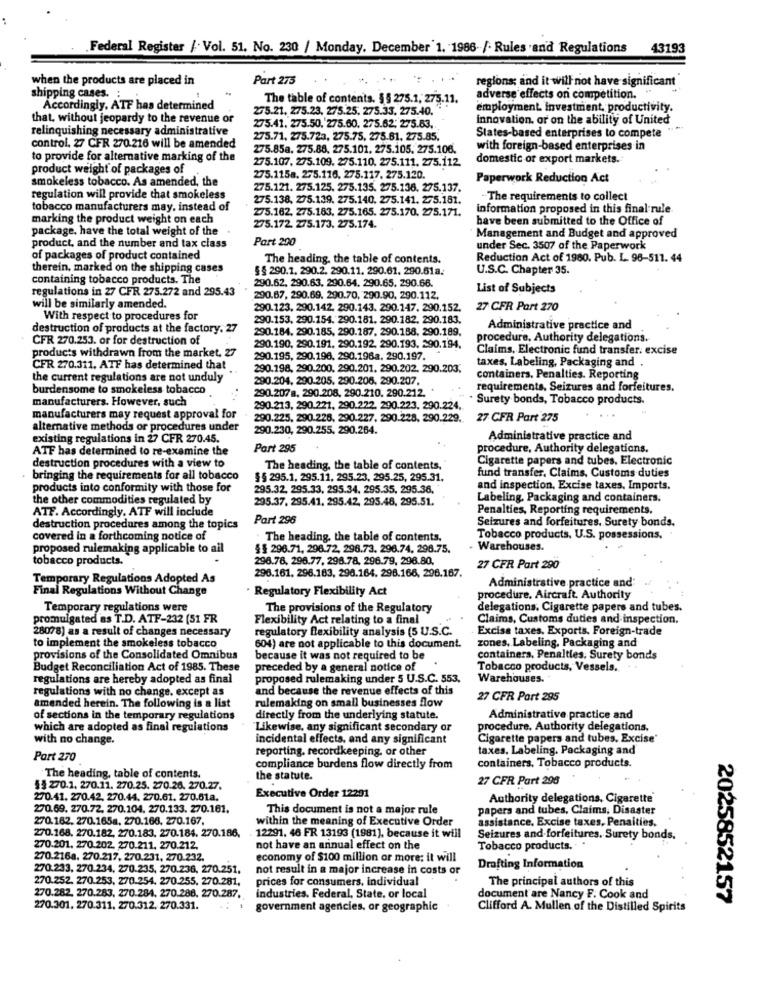
.Federal Register /· Vol. 51. No. 230 / Monday. December 1. 1986- /- Rules and Regulations
43193
when the products are placed in
Part 275
regions; and it will not have significant
shipping cases. ;
The table of contents. §§ 275.1. 275.11.
adverse effects on competition.
Accordingly, ATF has determined
275.21. 275.23, 275.25, 275.33. 275.40. " "
employment. investment, productivity.
that, without jeopardy to the revenue or
innovation, or on the ability of United
relinquishing necessary administrative
275.41. 275.50. 275.60. 275.62: 275.63.
275.71, 275.723. 275.75, 275.61. 275.85.
States-based enterprises to compete
control. 27 CFR 270.216 will be amended
275.85a. 275.88, 275.101. 275.105. 275.106.
with foreign-based enterprises in
to provide for alternative marking of the
275.107, 275.109. 275.110. 275.111. 275.112.
domestic or export markets.
product weight of packages of
smokeless tobacco. As amended, the
275.115a. 275.116. 275.117. 275.120.
Paperwork Reduction Act
275.121. 275.125. 275.135. 275.138. 275.137.
regulation will provide that smokeless
275.138. 275.139. 275.140. 275.141. 275.181.
The requirements to collect
tobacco manufacturers may, instead of
275.162. 275.183, 275.165. 275.170. 275.171.
information proposed in this final rule
marking the product weight on each
have been submitted to the Office of
package. have the total weight of the
275.172. 275.173, 275.174.
Port 200
Management and Budget and approved
product, and the number and tax class
under Sec. 3507 of the Paperwork
of packages of product contained
The heading, the table of contents.
Reduction Act of 1980. Pub. L. 98-511. 44
therein, marked on the shipping cases
§ § 290.1. 290.2. 290.11. 290.61. 290.61a.
U.S.C. Chapter 35.
containing tobacco products. The
290.62. 290.63. 290.64. 290.65. 290.66.
regulations in 27 CFR 275.272 and 295.43
List of Subjects
290.67, 290.69. 290.70, 290.90. 290.112.
will be similarly amended.
290.123, 290.142. 290.143. 290.147. 290.152.
27 CFR Part 270
With respect to procedures for
290.153. 290.154. 290.181. 290.182. 290.183.
destruction of products at the factory. 27
290.184. 290.185, 290.287, 290.158. 290.189.
Administrative practice and
CFR 270.253. or for destruction of
procedure, Authority delegations.
products withdrawn from the market, 27
290.190, 290.191, 290.192. 290.193. 290.194.
Claims, Electronic fund transfer, excise
290.195, 290.196. 290.196a. 290.197.
taxes, Labeling, Packaging and
CFR 270.311. ATF has determined that
290.198, 290.200. 290.201. 290.202. 290.203.
the current regulations are not unduly
290.204, 290.205. 290.206, 290.207
containers, Penalties. Reporting
burdensome to smokeless tobacco
requirements, Seizures and forfeitures.
manufacturers. However, such
290.207 a, 290.208, 290.210. 290.212.
Surety bonds, Tobacco products.
290.213, 290.221, 290.222. 290.223, 290.224 ..
manufacturers may request approval for
290.225, 290.226, 290.227, 290.228. 290.229. 27 CFR Part 275
alternative methods or procedures under
290.230, 290.255, 290.264.
existing regulations in 27 CFR 270.45.
Administrative practice and
ATF has determined to re-examine the
Part 295
procedure, Authority delegations.
Cigarette papers and tubes, Electronic
destruction procedures with a view to
The heading, the table of contents.
fund transfer, Claims, Customs duties
bringing the requirements for all tobacco
§§ 295.1, 295.11, 295.23, 295.25, 295.31.
products into conformity with those for
295.32, 295.33, 295.34. 295.35, 295.36.
and inspection, Excise taxes, Imports.
the other commodities regulated by
295.37, 295.41. 295.42, 295.48, 295.51.
Labeling. Packaging and containers.
ATF. Accordingly. ATF will include
Penalties, Reporting requirements.
Part 296
Seizures and forfeitures. Surety bonds.
destruction procedures among the topics
covered in a forthcoming notice of
· The heading, the table of contents.
Tobacco products, U.S. possessions.
proposed rulemaking applicable to ail
$$ 296.71, 296.72, 296.73. 296.74, 296.75.
Warehouses.
tobacco products.
296.78, 296.77, 296.78, 296.79, 296.80.
27 CFR Part 290
Temporary Regulations Adopted As
296.161. 296.163, 296.164. 296.166, 296.167.
Administrative practice and
Final Regulations Without Change
Regulatory Flexibility Act
procedure. Aircraft. Authority
Temporary regulations were
The provisions of the Regulatory
delegations. Cigarette papers and tubes.
promulgated es T.D. ATF-232 (51 FR
Flexibility Act relating to a final
Claims, Customs duties and inspection,
28078) as a result of changes necessary
regulatory flexibility analysis (5 U.S.C.
Excise taxes, Exports. Foreign-trade
zones, Labeling, Packaging and
to implement the smokeless tobacco
604) are not applicable to this document.
provisions of the Consolidated Omnibus
because it was not required to be
containers, Penalties. Surety bonds
Budget Reconciliation Act of 1985. These
preceded by a general notice of
Tobacco products, Vessels. .
regulations are hereby adopted as final
proposed rulemaking under 5 U.S.C. 553.
Warehouses.
regulations with no change, except as
and because the revenue effects of this
amended herein. The following is a list
rulemaking on small businesses flow
27 CFR Part 295
of sections in the temporary regulations
directly from the underlying statute.
Administrative practice and
which are adopted as final regulations
Likewise, any significant secondary or
procedure. Authority delegations.
with no change.
incidental effects, and any significant
Cigarette papers and tubes. Excise"
reporting. recordkeeping, or other
taxes. Labeling. Packaging and
Part 270
containers, Tobacco products.
compliance burdens flow directly from
The heading, table of contents.
the statute.
27 CFR Part 296
53 270.1, 270.11. 270.25. 270.26. 270.27.
270.41. 270.42. 270.44. 270.61. 270.61a.
Executive Order 12201
Authority delegations, Cigarette"
270.69. 270.72. 270.104. 270.133. 270.161.
This document is not a major rule
papers and tubes, Claims, Disaster
270.162. 270.165a, 270.166. 270.167.
within the meaning of Executive Order
assistance, Excise taxes, Penaities,
270.168, 270.182, 270.183. 270.184. 270.186,
12291. 46 FR 13193 (1981), because it will
Seizures and-forfeitures. Surety bonds.
270.201, 270.202. 270.211. 270.212.
not have an annual effect on the
Tobacco products.
270.216a. 270.217, 270.231, 270.232.
economy of $100 million or more: it will
270.233, 270.234, 270.235, 270.236, 270.251.
not result in a major increase in costs or
Drafting Information
270.252. 270.253, 270.254. 270.255. 270.281,
prices for consumers, individual
The principal authors of this
270.282, 270.283. 270.284. 270.288, 270.287.
industries. Federal, State, or local
document are Nancy F. Cook and
2025852157
270.301. 270.311. 270.312. 270.331.
government agencies, or geographic
Clifford A. Mullen of the Distilled Spirits